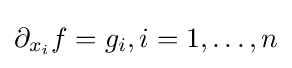
\partial _{x_{i}}f=g_{i},i=1,\ldots ,n